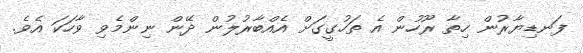
ފަނޑިޔާރުން ހިތާ ރޫހުން އެ ތަހުގީގަށް އެއްބާރުލުން ދޭން ނިންމެވި ވާހަކަ އެވެ.